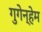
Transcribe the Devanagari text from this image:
गुगेन्हेम